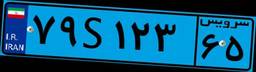
۷۹S۱۲۳۶۵